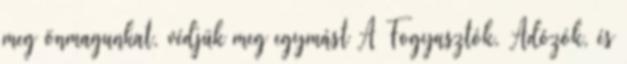
meg önmagunkat, védjük meg egymást A Fogyasztók, Adózók, és